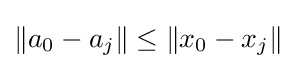
\|a_{0}-a_{j}\|\leq \|x_{0}-x_{j}\|